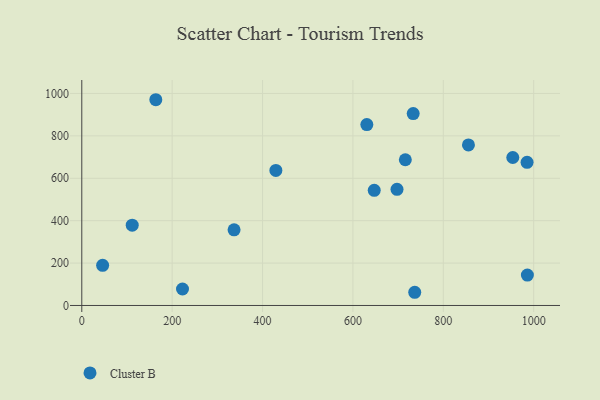
{"axis": {"x": "Distance", "y": "Sales"}, "legend": ["Cluster B"], "data": [{"x": "953.8", "y": 698.0, "type": "Cluster B"}, {"x": "736.8", "y": 62.3, "type": "Cluster B"}, {"x": "855.7", "y": 757.1, "type": "Cluster B"}, {"x": "733.4", "y": 905.1, "type": "Cluster B"}, {"x": "986.1", "y": 143.6, "type": "Cluster B"}, {"x": "697.6", "y": 548.1, "type": "Cluster B"}, {"x": "337.0", "y": 356.9, "type": "Cluster B"}, {"x": "163.8", "y": 970.5, "type": "Cluster B"}, {"x": "46.1", "y": 189.6, "type": "Cluster B"}, {"x": "716.0", "y": 687.4, "type": "Cluster B"}, {"x": "429.5", "y": 637.1, "type": "Cluster B"}, {"x": "630.8", "y": 853.4, "type": "Cluster B"}, {"x": "647.2", "y": 543.0, "type": "Cluster B"}, {"x": "985.4", "y": 675.1, "type": "Cluster B"}, {"x": "111.6", "y": 378.7, "type": "Cluster B"}, {"x": "222.9", "y": 77.8, "type": "Cluster B"}]}